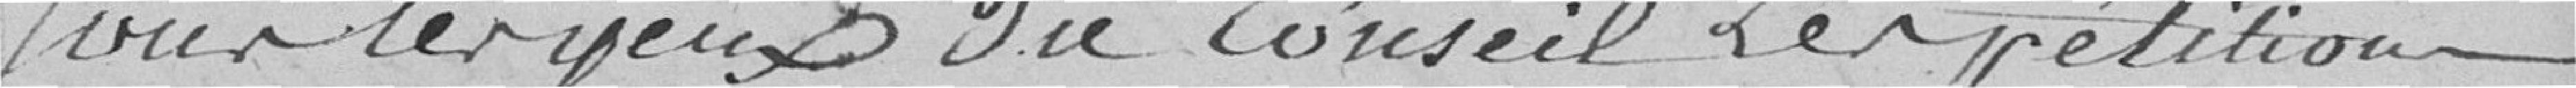
pour les yeux du Conseil, les pétitions